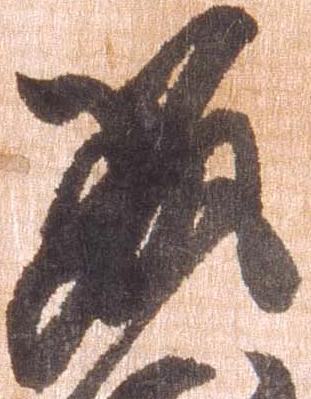
筑